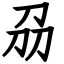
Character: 刕